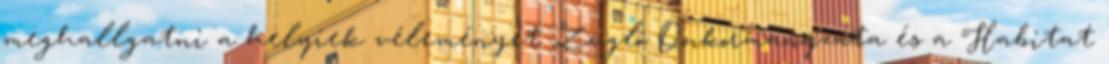
meghallgatni a helyiek véleményét Zugló Önkormányzata és a Habitat